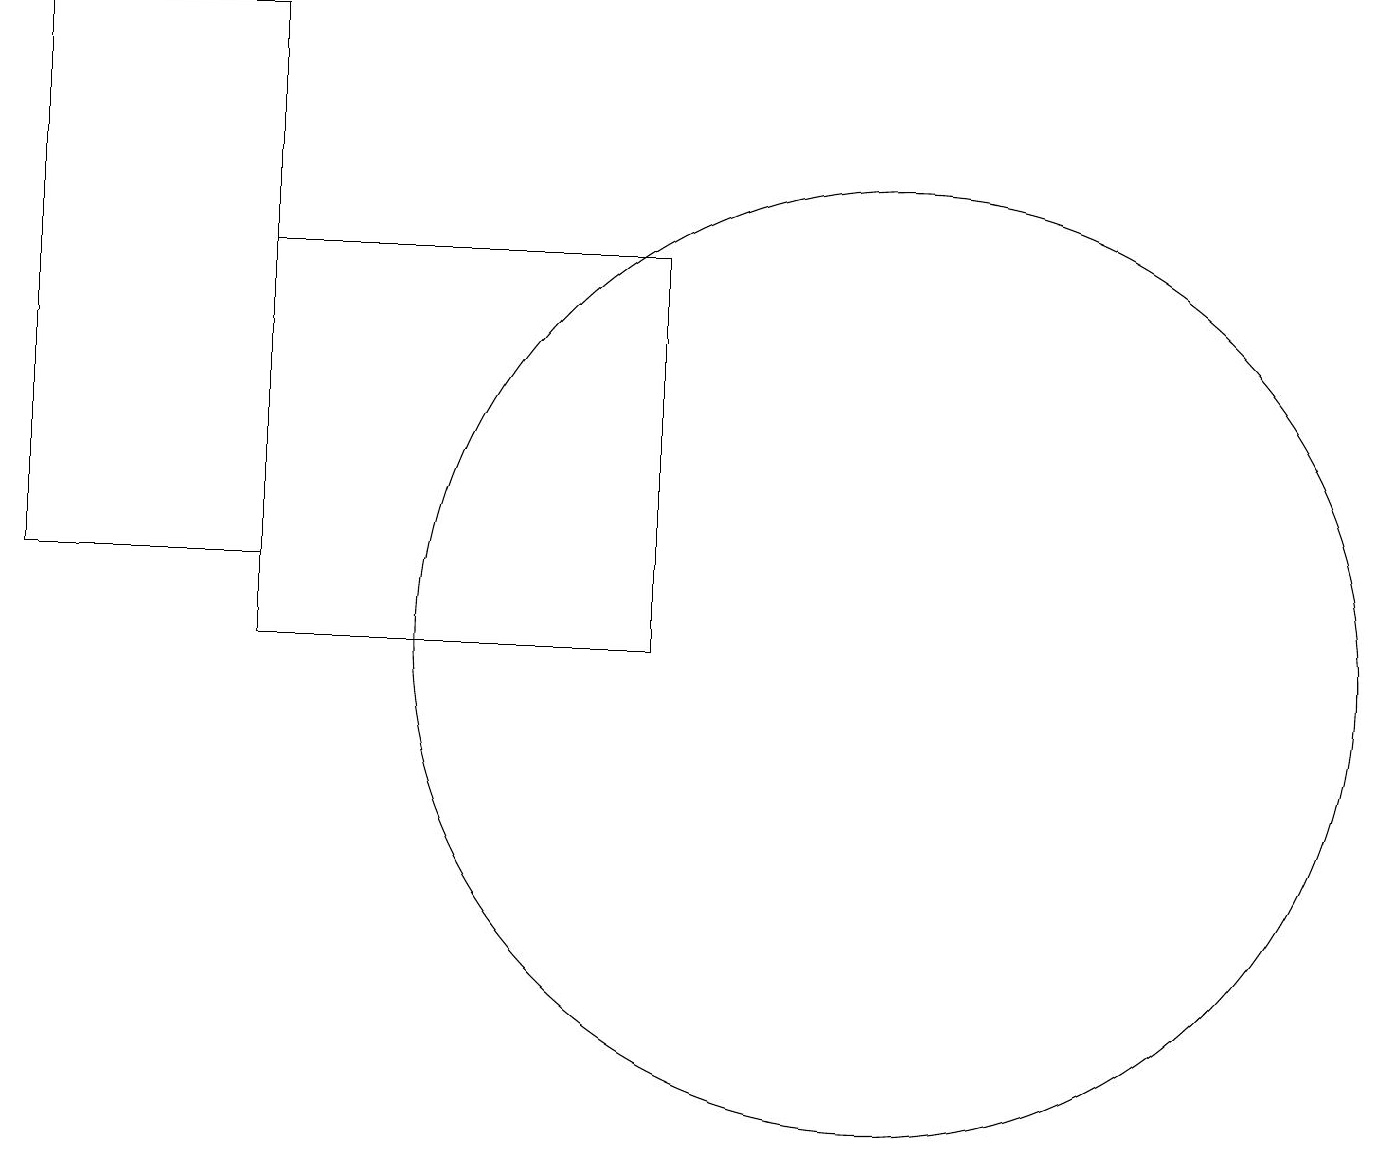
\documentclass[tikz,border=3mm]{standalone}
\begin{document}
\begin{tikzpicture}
\draw (0,19) rectangle (3,12);
\draw (11,11) circle (6);
\draw (3,16) rectangle (8,11);
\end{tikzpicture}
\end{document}